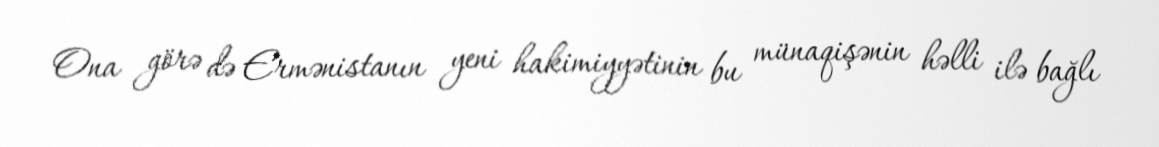
Ona görə də Ermənistanın yeni hakimiyyətinin bu münaqişənin həlli ilə bağlı